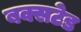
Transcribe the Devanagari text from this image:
बक्सटेड